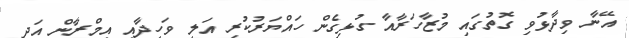
އޭނާ ވިދާޅުވި ގޮތުގައި މުޒާހަރާއާ ގުޅިގެން ހައްޔަރުކުރި އަލީ ވަހީދާއި އިމްރާން އަދި